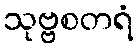
သုဗ္ဗစတရံ